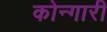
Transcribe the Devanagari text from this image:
कोन्गारी